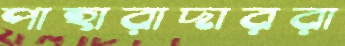
পাহারাদাররা